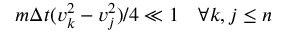
m \Delta t ( v _ { k } ^ { 2 } - v _ { j } ^ { 2 } ) / 4 \ll 1 \quad \forall k , j \leq n